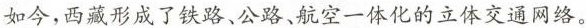
如今，西藏形成了铁路、公路、航空一体化的立体交通网络。